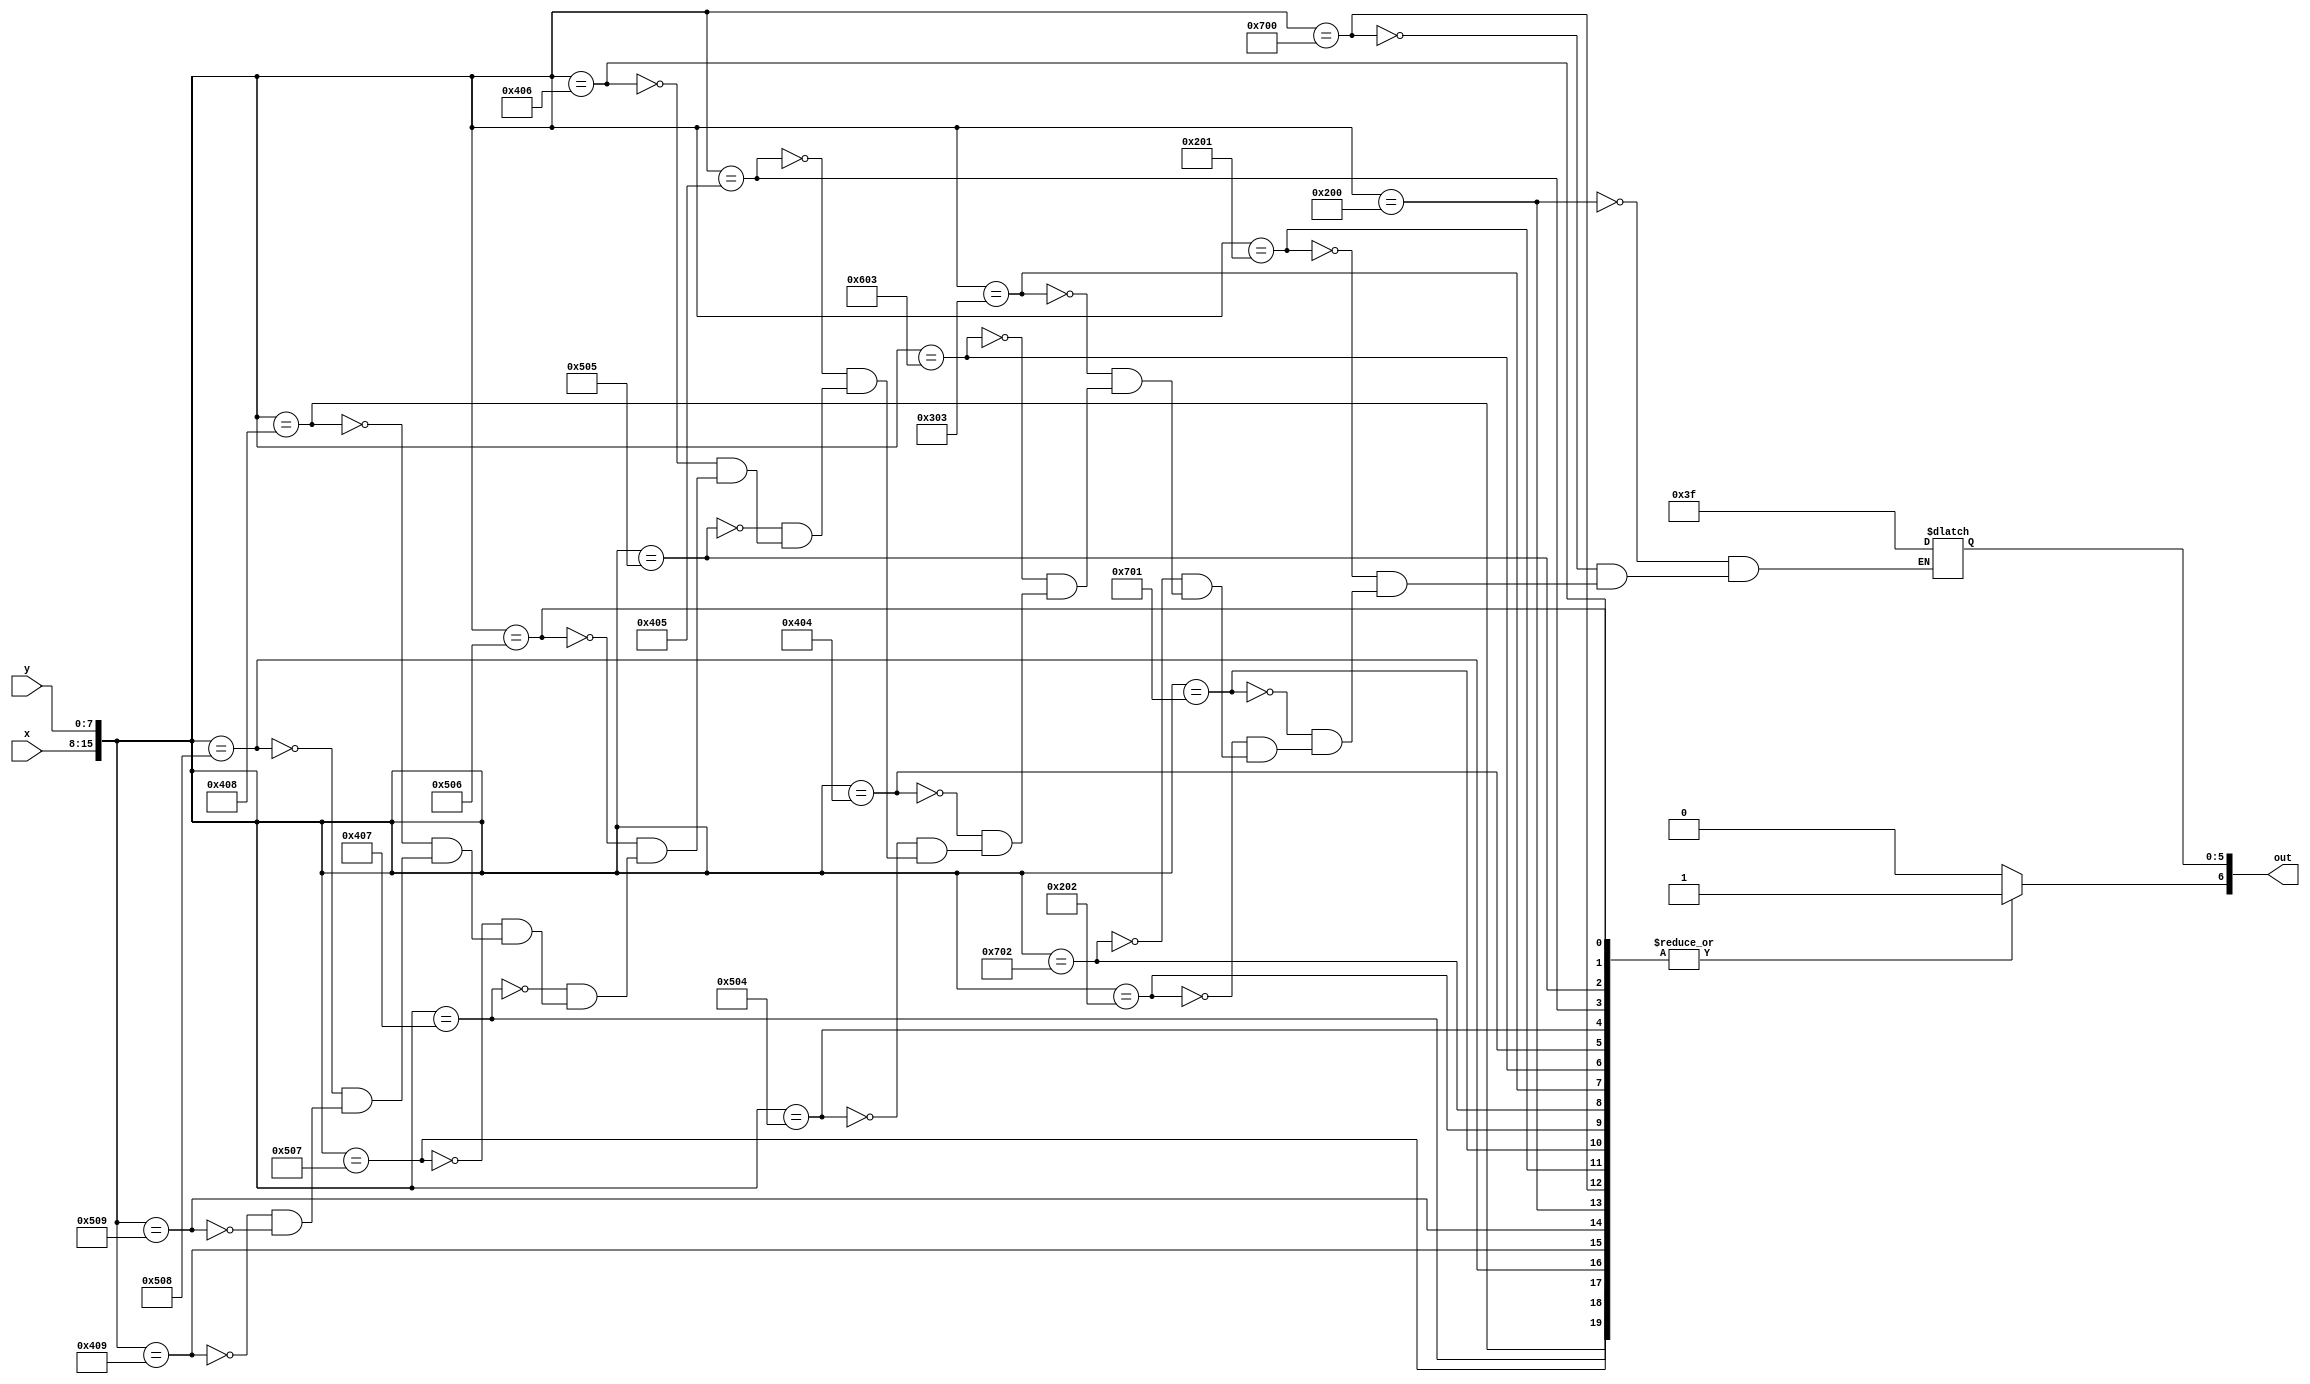
module char_y_lut(x, y, out);
	input [7:0] x;
	input [7:0] y;
	output reg [6:0] out;

	always@(*)
	begin
		out[6] <= 1'b1;
		case({x, y})
			16'h0200: out[5:0] <= 6'b111111;
			16'h0700: out[5:0] <= 6'b111111;
			
			16'h0201: out[5:0] <= 6'b111111;
			16'h0701: out[5:0] <= 6'b111111;
			
			16'h0202: out[5:0] <= 6'b111111;
			16'h0702: out[5:0] <= 6'b111111;
			
			16'h0303: out[5:0] <= 6'b111111;
			16'h0603: out[5:0] <= 6'b111111;
			
			16'h0404: out[5:0] <= 6'b111111;
			16'h0504: out[5:0] <= 6'b111111;

			16'h0405: out[5:0] <= 6'b111111;
			16'h0505: out[5:0] <= 6'b111111;
			
			16'h0406: out[5:0] <= 6'b111111;
			16'h0506: out[5:0] <= 6'b111111;

			16'h0407: out[5:0] <= 6'b111111;
			16'h0507: out[5:0] <= 6'b111111;

			16'h0408: out[5:0] <= 6'b111111;
			16'h0508: out[5:0] <= 6'b111111;

			16'h0409: out[5:0] <= 6'b111111;
			16'h0509: out[5:0] <= 6'b111111;
			default: out[6] <= 1'b0;
		endcase
	end
endmodule
module char_y(x, y, flush_x, flush_y, colour, enable);
	input [7:0] x;
	input [7:0] y;
	input [7:0] flush_x;
	input [7:0] flush_y;
	
	output [5:0] colour;
	output enable;
	
	wire [6:0] lut_out;
	
	char_y_lut(flush_x - x, flush_y - y, lut_out);
	
	assign colour = lut_out[5:0];
	assign enable = lut_out[6];
endmodule